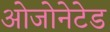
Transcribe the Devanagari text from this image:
ओजोनेटेड